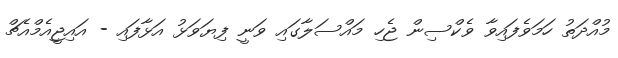
މުއްދަތު ހަމަވެފައިވާ ވެކްސިން ޖެހި މައްސަލާގައި ވަނީ ފިޔަވަޅު އަޅާފައި - އައިޖީއެމްއެޗް